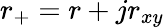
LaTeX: r_{+}=r+jr_{xy}